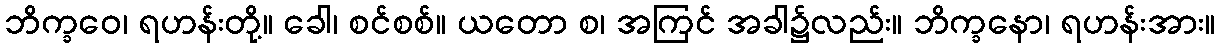
ဘိက္ခဝေ၊ ရဟန်းတို့။ ခေါ၊ စင်စစ်။ ယတော စ၊ အကြင် အခါ၌လည်း။ ဘိက္ခနော၊ ရဟန်းအား။